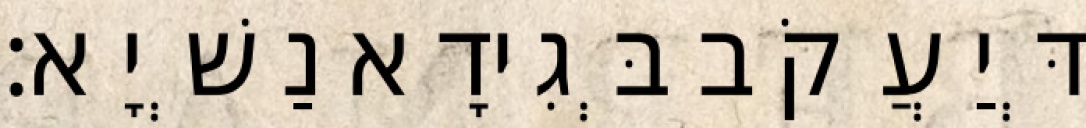
דְּיַעֲקֹב בְּגִידָא נַשְׁיָא׃